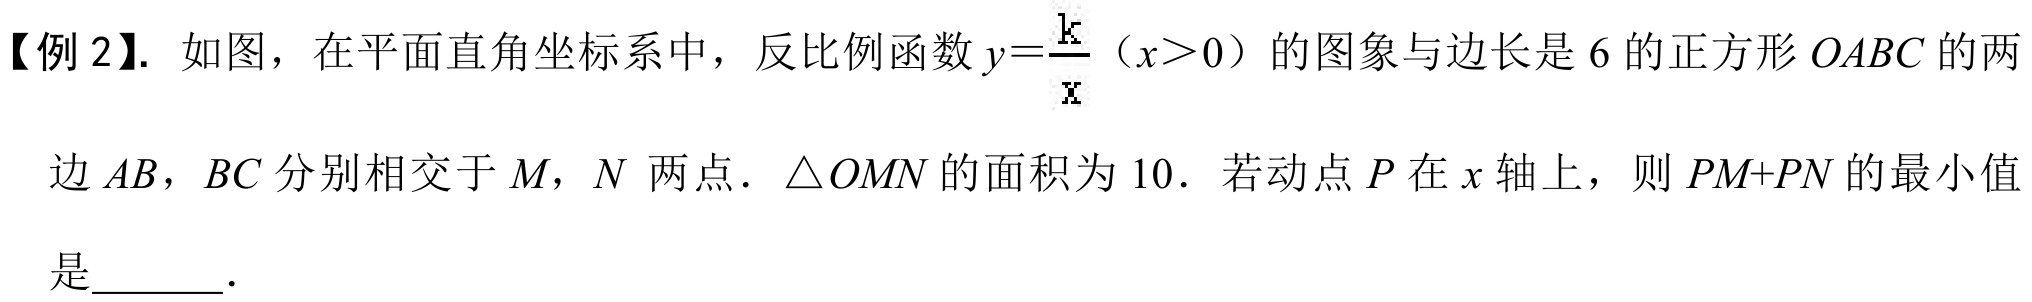
【例2】. 如图，在平面直角坐标系中，反比例函数\(y = \frac{k}{x}(x > 0)\)的图象与边长是\(6\)的正方形\(OABC\)的两边\(AB\)，\(BC\)分别相交于\(M\)，\(N\)两点．\(\triangle  OMN\)的面积为\(10\)．若动点\(P\)在\(x\)轴上，则\(PM + PN\)的最小值是  ．